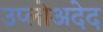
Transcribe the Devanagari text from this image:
उप्लोअदेद